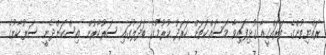
ރައްޔިތުންގެ ތަރައްގީއާ ގުޅިފައިވާ މަސައްކަތަށް ހަރަދު ކުރުމުގެ ބަދަލުގައި ސަރުކާރުން އިސްކަންދެނީ ސަރުކާރުގެ